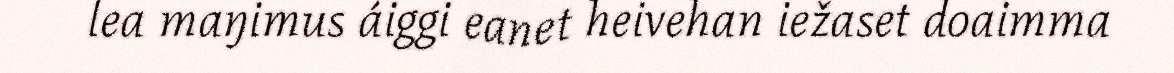
lea maŋimus áiggi eanet heivehan iežaset doaimma